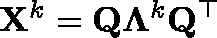
\mathbf { X } ^ { k } = \mathbf { Q } \mathbf { \Lambda } ^ { k } \mathbf { Q } ^ { \top }